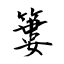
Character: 簍